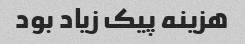
هزینه پیک زیاد بود